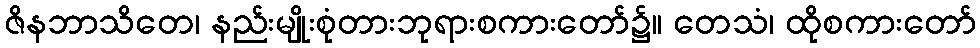
ဇိနဘာသိတေ၊ နည်းမျိုးစုံတားဘုရားစကားတော်၌။ တေသံ၊ ထိုစကားတော်